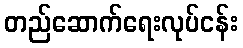
တည်ဆောက်ရေးလုပ်ငန်း